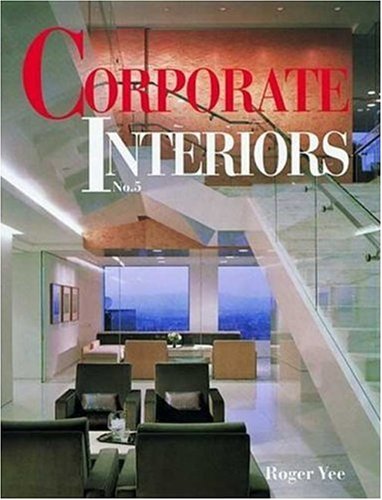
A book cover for Corporate Interiors, Vol. 5 (v. 5); Roger Yee; Business & Money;